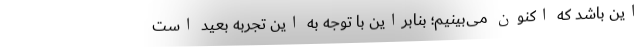
این باشد که اکنون می‌بینیم؛ بنابراین با توجه به این تجربه بعید است